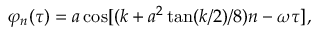
\begin{array} { r } { \varphi _ { n } ( \tau ) = a \cos [ ( k + a ^ { 2 } \tan ( k / 2 ) / 8 ) n - \omega \tau ] , } \end{array}